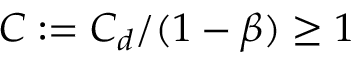
C : = C _ { d } / ( 1 - \beta ) \geq 1